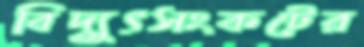
বিদ্যুৎসংকটের